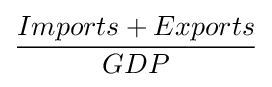
{\frac {Imports+Exports}{GDP}}